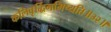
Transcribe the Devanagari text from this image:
कलिवृर्द्धिगमिष्यति॥३२॥